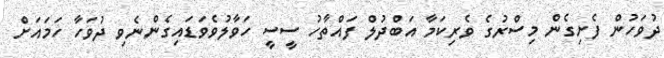
ދުވަހުން ފެށިގެން މިސްރުގެ ވެރިކަމާ އަބްދުލް ފައްތާހު ސީސީ ހަވާލުވެވަޑައިގެންނެވި ދުވަހާ ހަމައަށް